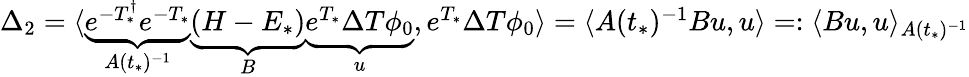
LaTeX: \begin{array}{r}{\Delta_{2}=\langle\underbrace{e^{-T_{*}^{\dagger}}e^{-T_{*}}}_{A(t_{*})^{-1}}\underbrace{(H-E_{*})}_{B}\underbrace{e^{T_{*}}\Delta T\phi_{0}}_{u},e^{T_{*}}\Delta T\phi_{0}\rangle=\langle A(t_{*})^{-1}Bu,u\rangle=:\langle Bu,u\rangle_{A(t_{*})^{-1}}}\end{array}